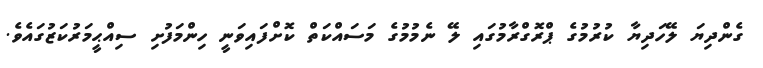
ގެންދިޔަ ލޭހަދިޔާ ކުރުމުގެ ޕްރޮގްރާމުގައި ލޭ ނެމުމުގެ މަސައްކަތް ކޮށްފައިވަނީ ހިންމަފުށި ސިއްޙީމަރުކަޒުގައެވެ.